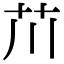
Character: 𫇨